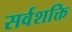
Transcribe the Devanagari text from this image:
सर्वशक्ति